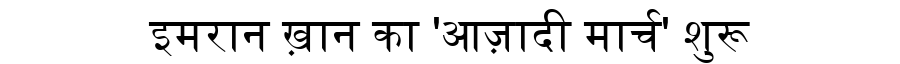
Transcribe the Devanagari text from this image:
इमरान ख़ान का 'आज़ादी मार्च' शुरू